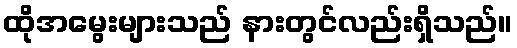
ထိုအမွေးများသည် နားတွင်လည်းရှိသည်။